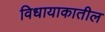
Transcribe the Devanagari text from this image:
विधायाकातील